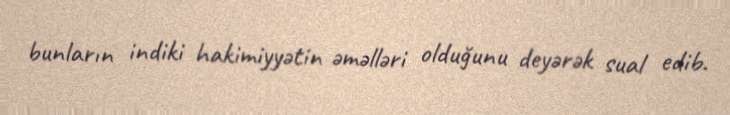
bunların indiki hakimiyyətin əməlləri olduğunu deyərək sual edib.